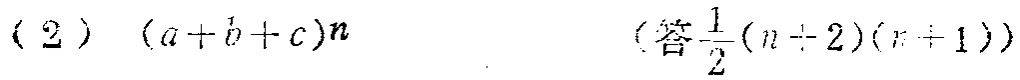
(2) \((a + b + c)n\) （答\(\frac{1}{2}(n + 2)(n + 1)\)）